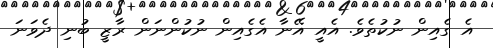
އެ ގެއިން ނުކުތެވެ. އެއީ އޭނާ އެގެއިން ނުކުންނަން ރާޒީ ބުނި ދެވަނަ